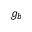
g _ { b }